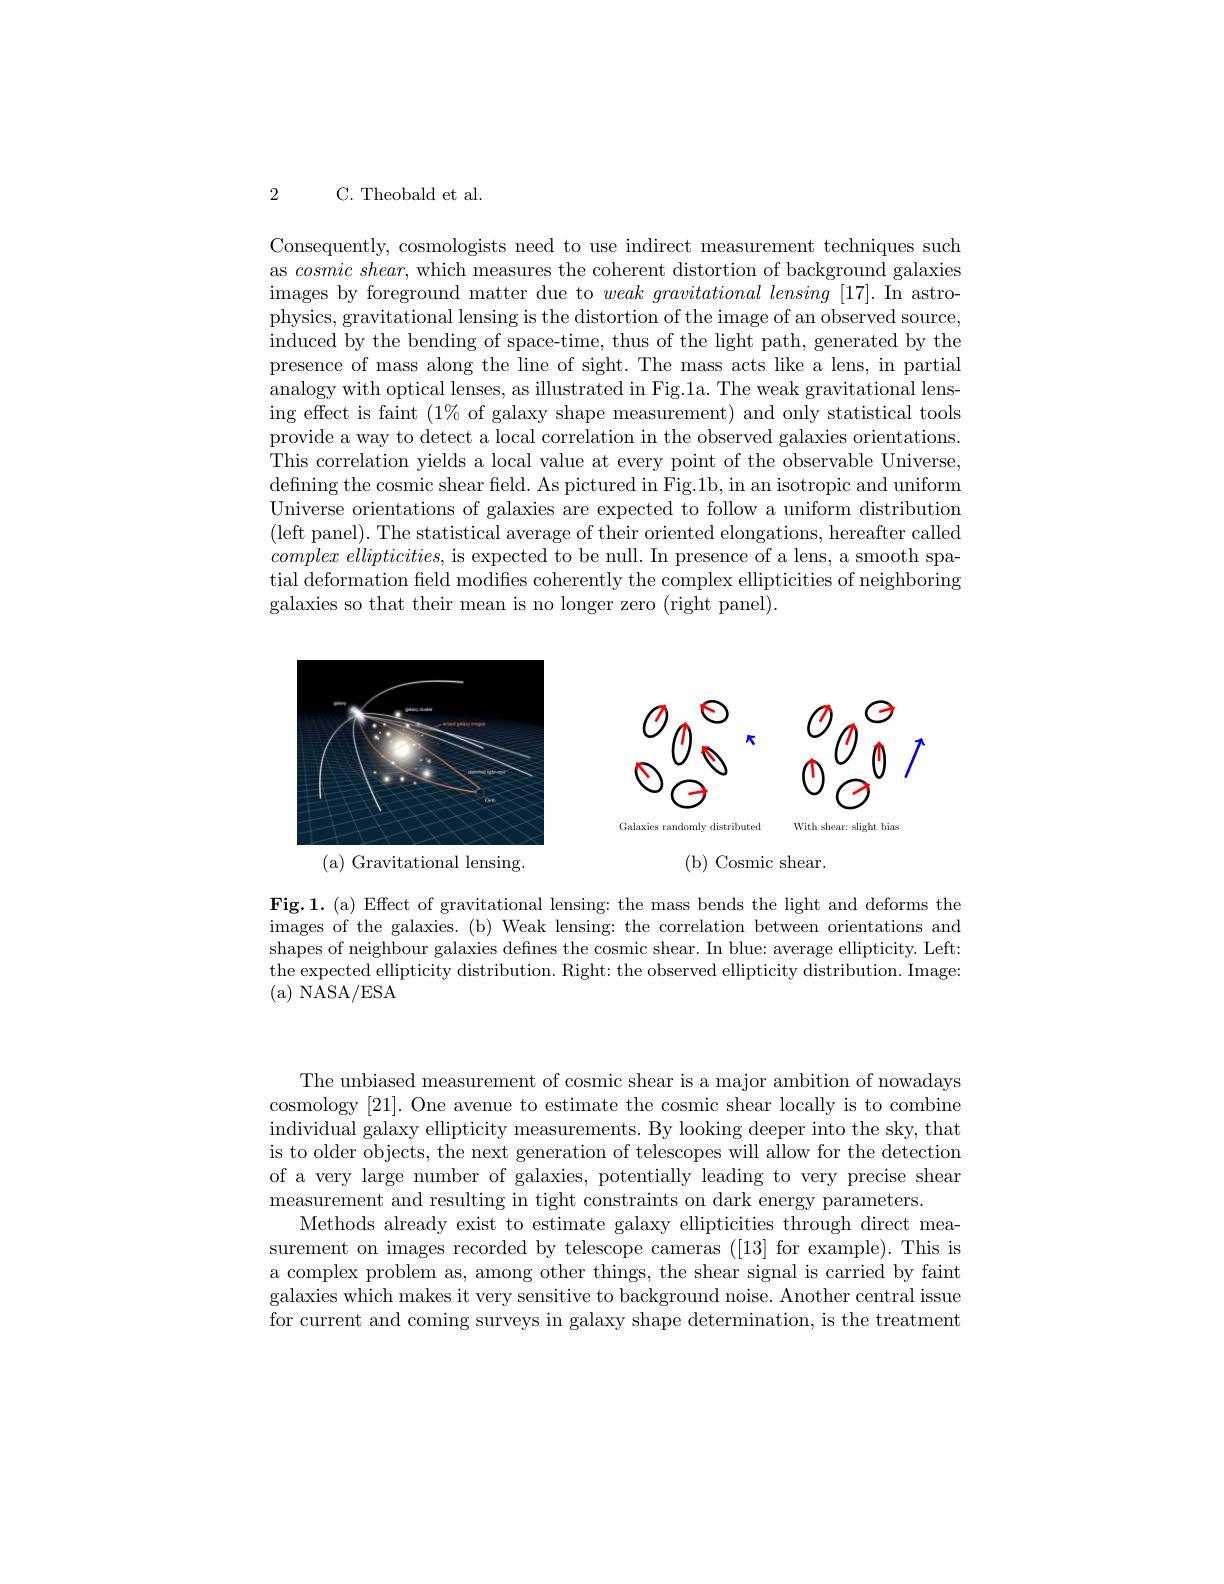
2

C. Theobald et al.

Consequently, cosmologists need to use indirect measurement techniques such as $cosmicshear$, which measures the coherent distortion of background galaxies images by foreground matter due to $weak\textit{ gravitational lensing [ 17] . In astro- by foreground matter due to weak gravitational lensing [ 17] . In astro- pros pros pros pros pros pros pros pros pros pros pros pros pros pros pros pros pros pros pros pross p}$ physics, gravitational lensing is the distortion of the image of an observed source, induced by the bending of space-time, thus of the light path, generated by the presence of mass along the line of sight. The mass acts like a lens, in partial analogy with optical lenses, as illustrated in Fig.1a. The weak gravitational lensing effect is faint $(1\%$ of galaxy shape measurement) and only statistical tools provide a way to detect a local correlation in the observed galaxies orientations. This correlation yields a local value at every point of the observable Universe, defining the cosmic shear field. As pictured in Fig.1b, in an isotropic and uniform Universe orientations of galaxies are expected to follow a uniform distribution (left panel). The statistical average of their oriented elongations, hereafter called $complex\textit{ ellipticities, is expected to be null. In presence of a lens, a smooth spa- }$ tial deformation field modifies coherently the complex ellipticities of neighboring galaxies so that their mean is no longer zero (right panel).

<FigureHere>
( a) Gravitational lensing.

<FigureHere>

( b) Cosmic shear.

Fig.1.(a) Effect of gravitational lensing: the mass bends the light and deforms the images of the galaxies. (b) Weak lensing: the correlation between orientations and shapes of neighbour galaxies defines the cosmic shear. In blue: average ellipticity. Left: the expected ellipticity distribution. Right: the observed ellipticity distribution. Image: ( a) NASA/ ESA

The unbiased measurement of cosmic shear is a major ambition of nowadays cosmology [21]. One avenue to estimate the cosmic shear locally is to combine individual galaxy ellipticity measurements. By looking deeper into the sky, that is to older objects, the next generation of telescopes will allow for the detection of a very large number of galaxies, potentially leading to very precise shear measurement and resulting in tight constraints on dark energy parameters.
Methods already exist to estimate galaxy ellipticities through direct measurement on images recorded by telescope cameras ([13] for example).This is a complex problem as, among other things, the shear signal is carried by faint galaxies which makes it very sensitive to background noise. Another central issue for current and coming surveys in galaxy shape determination, is the treatment